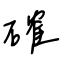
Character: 確